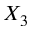
X _ { 3 }